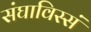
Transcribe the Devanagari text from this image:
संघाविस्सं